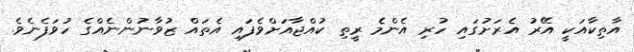
އާތިކާއަކީ އޭރު އެރަށުގައި ހުރި އެންމެ ރީތި ކުއްޖާއަށްވެފައި އެތައް ޒުވާނުންނެއްގެ ހުވަފެނެވެ.